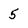
Character: 5